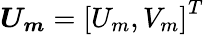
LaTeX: \boldsymbol{U_{m}}=\left[U_{m},V_{m}\right]^{T}